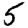
Digit: 5